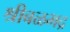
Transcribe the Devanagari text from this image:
श्रीबळभद्र